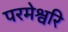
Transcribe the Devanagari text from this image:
परमेश्वरि